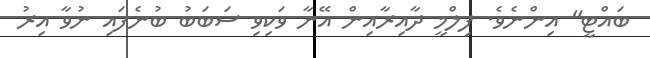
ބައްޓީ" އިންނެވެ. ފިލްމީ ދާއިރާއިން އޭނާ ވަކިވި ސަބަބު ބުނެފައި ނުވާ އިރު